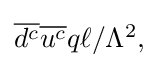
{\textstyle {\overline {d^{c}}}{\overline {u^{c}}}q\ell /\Lambda ^{2},}